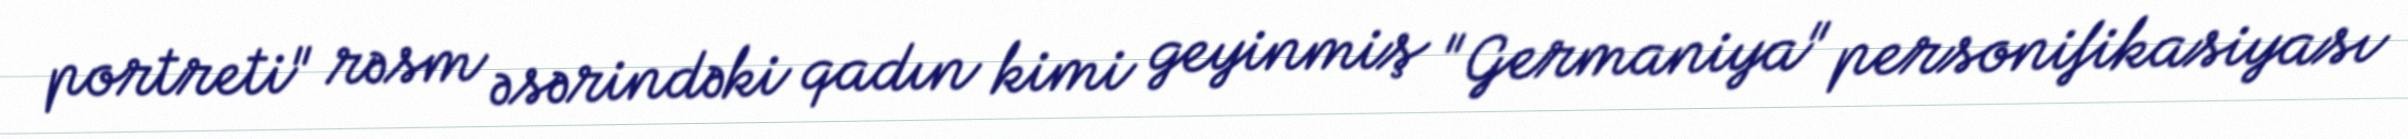
portreti" rəsm əsərindəki qadın kimi geyinmiş "Germaniya" personifikasiyası